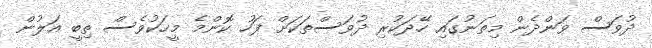
ދުވަސް ވަންދެން މިތަނުގައި ހޭދަކުރި ދުވަސްތަކަށް ފަހު ކޮންމެ މީހަކުވެސް ތިބީ އަލުން